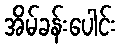
အိမ်ခန်းပေါင်း